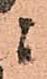
ニ